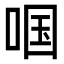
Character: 啯